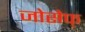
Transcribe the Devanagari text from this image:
जोसेफ्